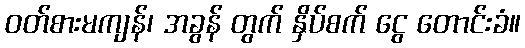
ဝတ်စားမကျန်၊ အခွန် တွက် နှိပ်စက် ငွေ တောင်းခံ။